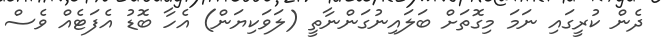
ދެން ކުރީގައި ނަމަ މިގޮތަށް ބަލައިނުގަންނާތީ (ލަވަކިޔަން) އެހާ ބޮޑު އެފަޓެއް ވެސް